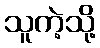
သူကဲ့သို့